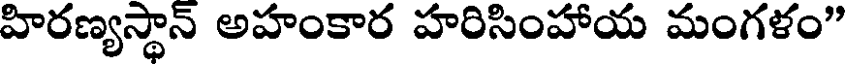
హిరణ్యస్థాన్ అహంకార హరిసింహాయ మంగళం"